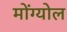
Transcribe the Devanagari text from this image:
मोंग्योल